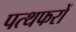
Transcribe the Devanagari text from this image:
पत्थफरों